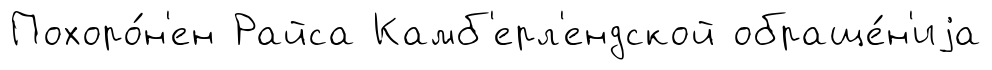
Похоро́н'ен Райса Камб'ерл'ендской обраще́н'иjа